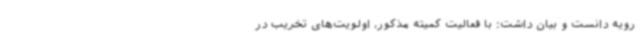
رویه دانست و بیان داشت: با فعالیت کمیته مذکور، اولویت‌های تخریب در